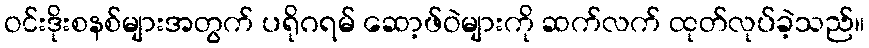
ဝင်းဒိုးစနစ်များအတွက် ပရိုဂရမ် ဆော့ဖ်ဝဲများကို ဆက်လက် ထုတ်လုပ်ခဲ့သည်။